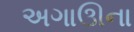
અગાઊના